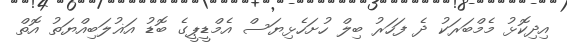
އިދިކޮޅު މެމްބަރަކު ދެ ފަހަރު ބިލް ހުށަހެޅިޔަސް އެމްޑީޕީގެ ބޮޑު އަޣުލަބިއްޔަތު އޮތް